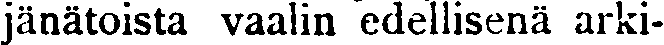
jänätoista vaalin edellisenä arki-